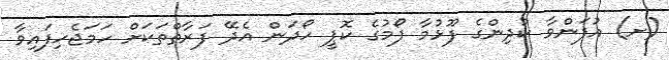
(ށ) އުފަންވާ ކުދިންގެ ފޫޅުމާ ފޯމުގެ ކޮޕީ ހޯދަން އެދޭ ފަރާތްތަކަށް ހަމަޖެހިފައިވާ